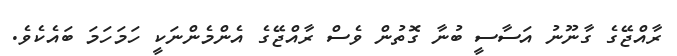
ރާއްޖޭގެ ގާނޫނު އަސާސީ ބުނާ ގޮތުން ވެސް ރާއްޖޭގެ އެންމެންނަކީ ހަމަހަމަ ބައެކެވެ.